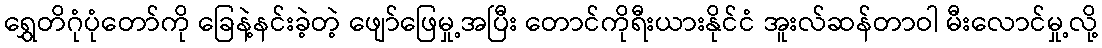
ရွှေတိဂုံပုံတော်ကို ခြေနဲ့နင်းခဲ့တဲ့ ဖျော်ဖြေမှု့အပြီး တောင်ကိုရီးယားနိုင်ငံ အူးလ်ဆန်တာဝါ မီးလောင်မှု့လို့